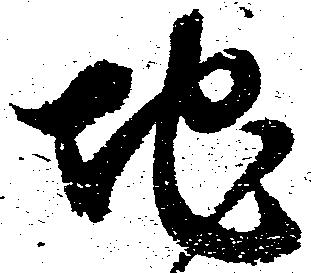
地